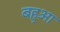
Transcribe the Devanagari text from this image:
बहुआ